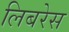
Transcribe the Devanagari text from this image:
लिबरेस